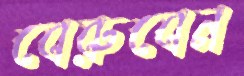
বেরুবেন